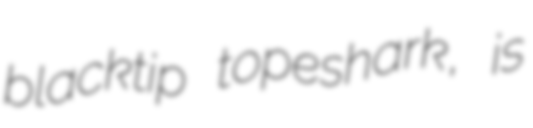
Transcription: blacktip topeshark, is